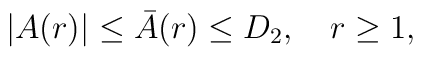
|A(r)|\le \bar A(r)\le D_2,\quad r\ge 1,